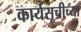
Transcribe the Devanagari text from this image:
कार्यसूचीच्या